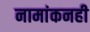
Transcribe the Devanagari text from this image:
नामांकनही